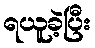
ရယူခဲ့ပြီး